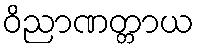
ဝိညာဏတ္တာယ